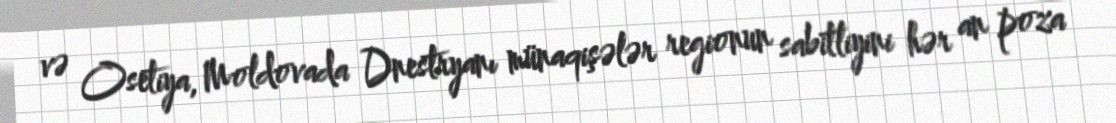
və Osetiya, Moldovada Dnestryanı münaqişələr regionun sabitliyini hər an poza